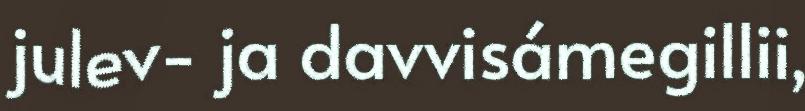
julev- ja davvisámegillii,